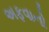
અફવાનો